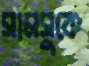
সামসুকে